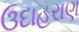
ઉદાહરાણ